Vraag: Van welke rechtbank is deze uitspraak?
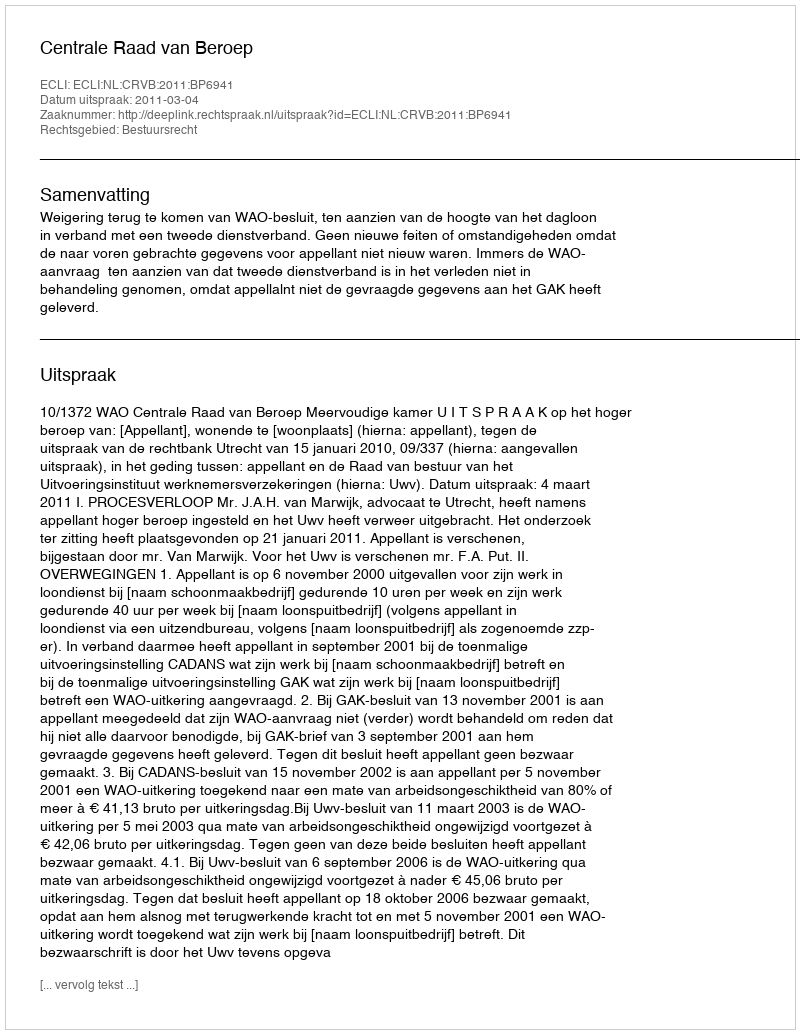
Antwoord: Centrale Raad van Beroep